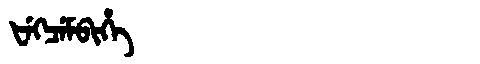
Manchu: ᡶᡝᡴᠴᡝᠮᠪᡳᡥᡝ
Romanization: FEKCEMBIHE